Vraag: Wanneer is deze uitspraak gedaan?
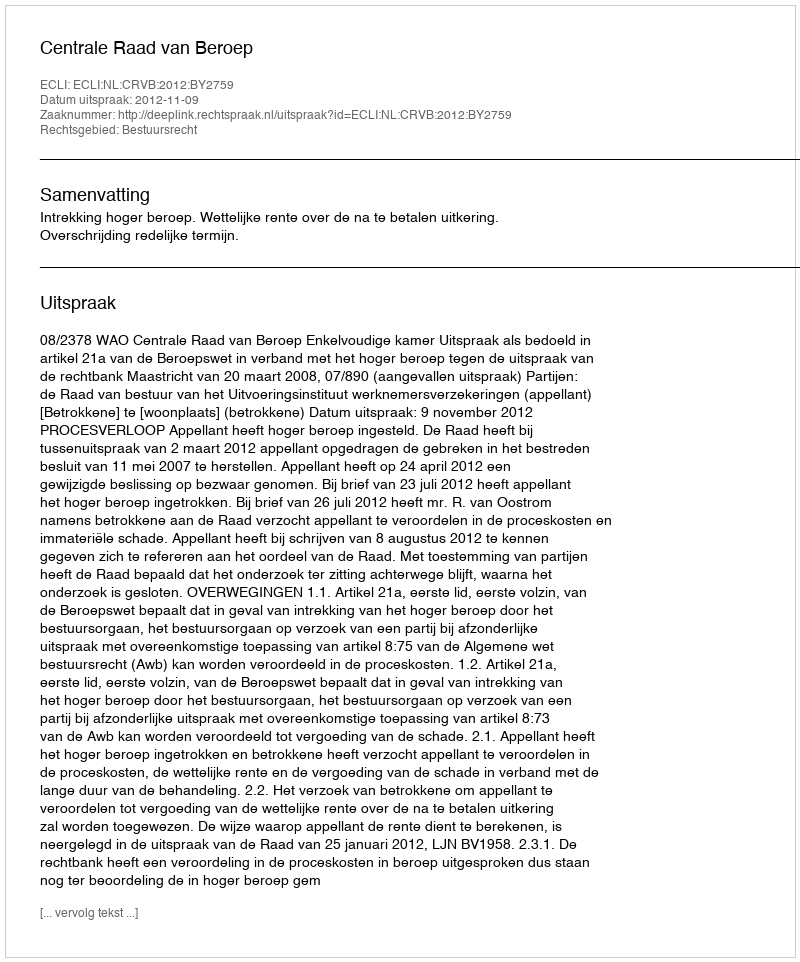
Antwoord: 2012-11-09